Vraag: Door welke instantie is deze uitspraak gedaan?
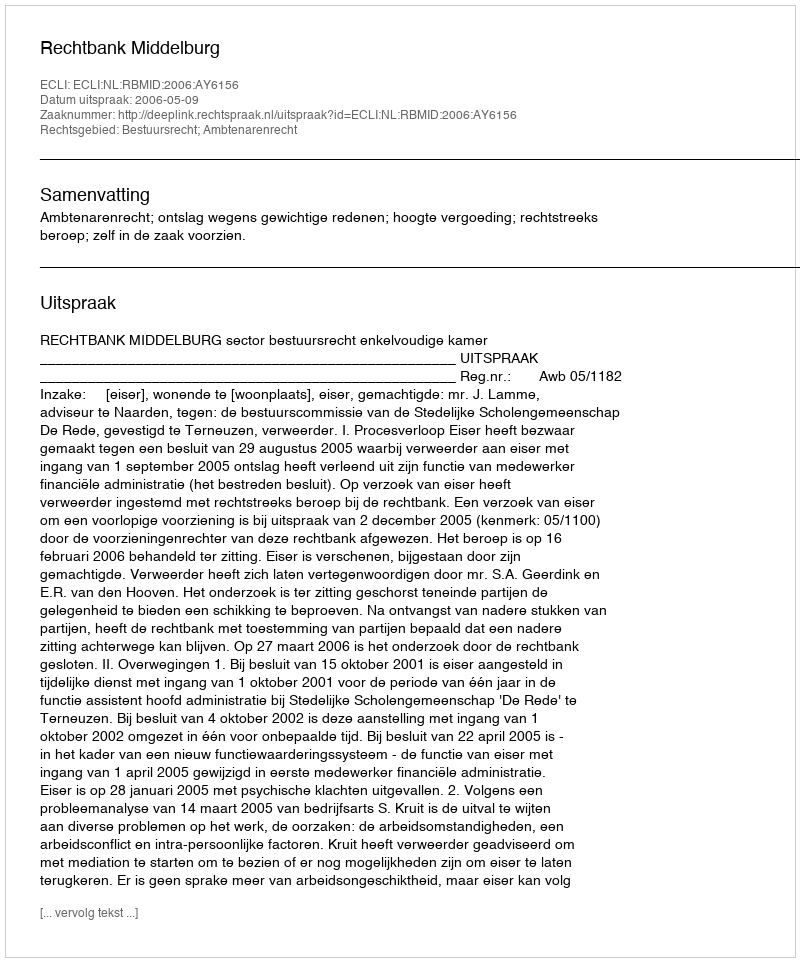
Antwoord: Rechtbank Middelburg